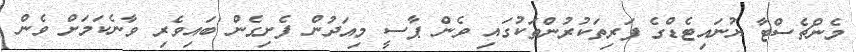
މެންޗެސްޓާ ޔުނައިޓެޑްގެ ފަރިތަކުރުންތަކުގައި ވެން ޕާސީ މިއަދުން ފެށިގެން ބައިވެރި ވާނެކަމަށް ވެން